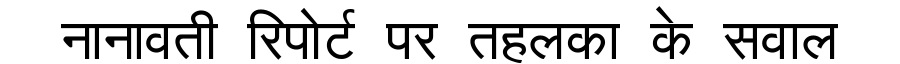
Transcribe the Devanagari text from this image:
नानावती रिपोर्ट पर तहलका के सवाल